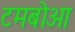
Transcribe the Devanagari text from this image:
टमबोआ